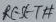
Text: RESET#